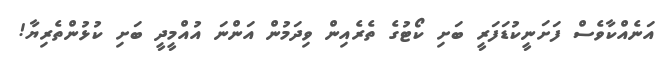
އަނެއްކާވެސް ފަށަނީކުޑަފަރީ ބަށި ކޯޓުގެ ތެރެއިން ވިދަމުން އަންނަ އުއްމީދީ ބަށި ކުޅުންތެރިޔާ!